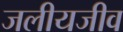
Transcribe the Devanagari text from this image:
जलीयजीव